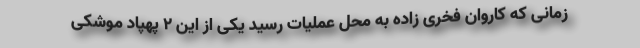
زمانی که کاروان فخری زاده به محل عملیات رسید یکی از این ۲ پهپاد موشکی